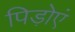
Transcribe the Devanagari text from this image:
पिड़ोएं